Report on plague and inoculation in the Punjab from October 1st ... to September 30th..., being the ... season of plague in the province
Disease focus: Plague
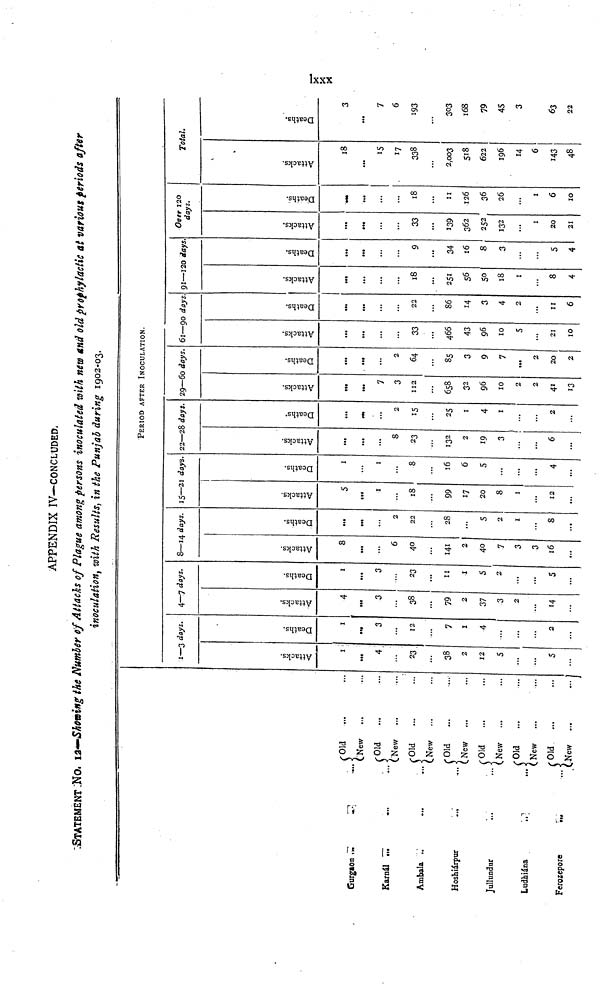
APPENDIX IV—CONCLUDED.
STATEMENT :NO. 12—Showing the Number of Attacks of Plague among persons inoculated with new and old prophylactic at various periods after
inoculation, with Results, in the Punjab during 1902-03.
Gurgaon
Karnál
Ambala
Hoshiárpur
Jullundur
Ludhiana
Fergzepore
Old
Old
New
Old
New
Old
New
Old
New
Old
(New
Old
New
PERIOD AFTER INOCULATION.
1—3 days.
Attacks.
I
4.
23,
38
2
12
5
5
Deaths.
1
3
12
7
1
4
2
4—7 days.
Attacks.
4
3
38
79
2
37
3
2
14
Deaths.
1
3
23
11
1
5
2
...
5
8—14 days.
Attacks.
8
...
6
40
141
2
40
7
3
3
16
Deaths.
•••
...
2
22
28
...
5
2
1
8
15—21 Joys
Attacks.
5
1
18
99
17
20
8
1
12
Deaths.
I
1
8
16
6
5
...
...
4
22—28 days.
Attacks.
...
8
23
132
2
19
3
...
6
Deaths.
...
2
15
25
I
4
1
2
29—60 days.
Attacks.
7
3
112
658
32
96
10
2
2
41
13
Deaths.
2
64
85
3
9
7
...
2
20
2
61—90 days
Attacks.
33
466
43
96
10
5
21
10
Deaths.
22
86
14
3
4
2
11
6
91—120 days
Attacks.
18
251
56
50
18
1
8
4
Deaths.
9
34
16
8
3
...
5
4
Over 120
days.
Attacks.
33
139
362
252
132
...
1
20
21
Deaths.
18
II
126
36
26
I
6
10
Total.
Attacks.
18
...
15
17
338
2,003
518
622
196
14
6
143
48
Deaths.
3
...
7
6
193
...
303
168
79
45
3
63
22